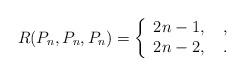
LaTeX: \begin{align*}R({P_n},{P_n},{P_n}) =\left\{ {\begin{array}{*{20}{c}}{2n- 1,}\\{2n- 2,}\end{array}} \right.\begin{array}{*{20}{c}},\\.\end{array}\end{align*}